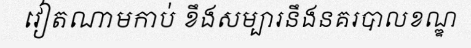
វៀតណាមកាប់ ខឹងសម្បារនឹងនគរបាលខណ្ឌ